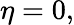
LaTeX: \eta=0,